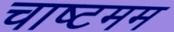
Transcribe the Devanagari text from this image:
चाष्टमम